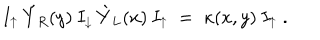
I _ { \uparrow } \: \acute { Y } _ { R } ( y ) \: I _ { \downarrow } \: \grave { Y } _ { L } ( x ) \: I _ { \uparrow } \; = \; \kappa ( x , y ) \: I _ { \uparrow } \; .